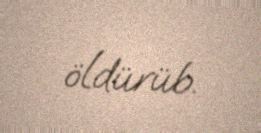
öldürüb.